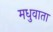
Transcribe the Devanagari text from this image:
मधुवाता